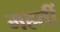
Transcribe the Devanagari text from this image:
महतीं